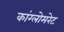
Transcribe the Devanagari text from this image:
कांग्लोमरेट